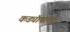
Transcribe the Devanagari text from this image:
कड्यापाशी